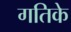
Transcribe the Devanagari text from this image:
गतिके